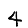
Digit: 4